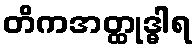
တိကအတ္ထုဒ္ဓါရ